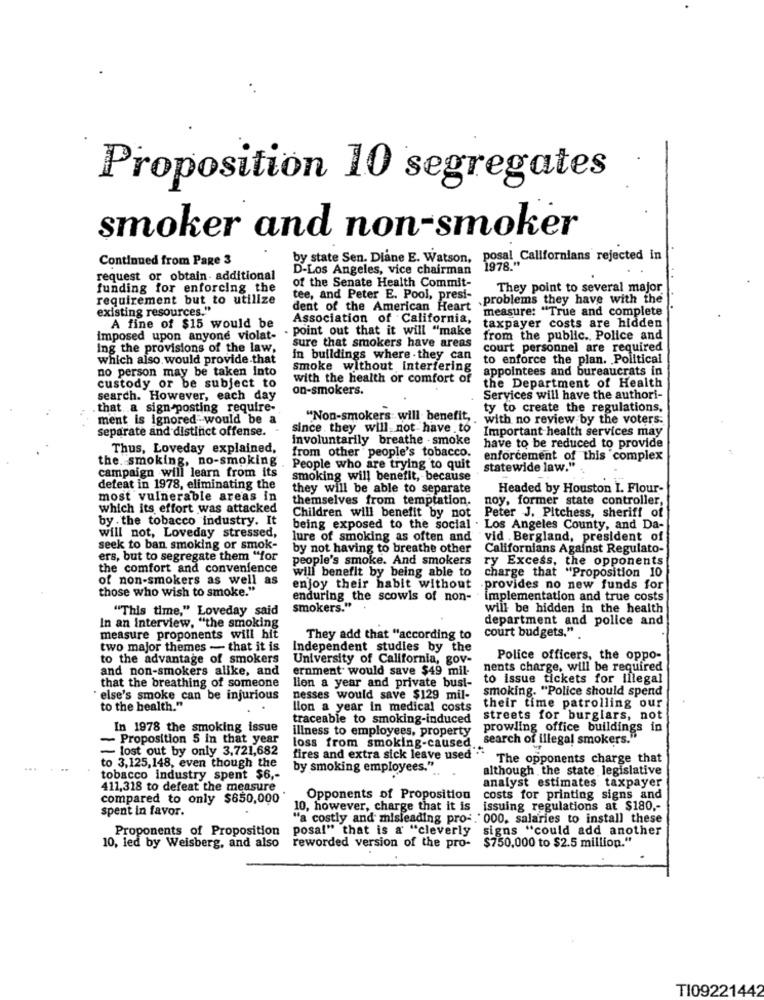
Proposition 10 segregates
smoker and non-smoker
Continued from Page 3
by state Sen. Diane E. Watson, posal Californians rejected in
D-Los Angeles, vice chairman
1978."
request or obtain- additional
of the Senate Health Commit-
funding for enforcing the
They point to several major
requirement but to utilize
tee, and Peter E. Pool, presi-
problems they have with the
existing resources."
dent of the American Heart
measure: "True and complete
Association of California,
A fine of $15 would be
point out that it will "make
taxpayer costs are hidden
imposed upon anyone violat-
from the public. Police and
ing the provisions of the law,
sure that smokers have areas
court personnel are required
which also would provide that
in buildings where . they can
to enforce the plan. Political
no person may be taken into
smoke without interfering
appointees and bureaucrats in
with the health or comfort of
the Department of Health
custody or be subject to
on-smokers.
search. However, each day
Services will have the authori-
that a sign posting require-
ty to create the regulations,
ment is ignored would be a
"Non-smokers will benefit,
with no review by the voters.
separate and distinct offense.
since they will not have to
Important health services may
Involuntarily breathe - smoke
Thus, Loveday explained,
from other people's tobacco.
have to be reduced to provide
the. smoking, no-smoking
enforcement of this complex
People who are trying to quit
statewide law." .
campaign will learn from its
smoking will benefit, because
defeat in 1978, eliminating the
they will be able to separate
Headed by Houston I. Flour-
most vulnerable areas in
themselves from temptation.
noy, former state controller,
which its effort was attacked
by . the tobacco industry. It
Children will benefit by not
Peter J. Pitchess, sheriff_of
being exposed to the social . Los Angeles County, and Da-
will not, Loveday stressed,
lure of smoking as often and
vid .Bergland, president of
seek to ban smoking or smok-
by not having to breathe other
Californians Against Regulato-
ers, but to segregate them "for
people's smoke. And smokers
ry Excess, the opponents
the comfort and convenience
charge that "Proposition 10
of non-smokers as well as
will benefit by being able to
those who wish to smoke."
enjoy their habit without
provides no new funds for
enduring the scowls of non-
implementation and true costs
"This time," Loveday said
smokers."
will be hidden in the health
department and police and
In an interview, "the smoking
court budgets."
measure proponents will hit
They add that "according to
two major themes - that it is
Independent studies by the
to the advantage of smokers
University of California, gov-
Police officers, the oppo-
and non-smokers alike, and
ernment would save $49 mil-
nents charge, will be required
lien a year and private bust-
to issue tickets for lilegal
that the breathing of someone
smoking. "Police should spend
" else's smoke can be injurious
nesses would save $129 mil-
to the health."
lion a year in medical costs
their time patrolling our
traceable to smoking-induced
streets for burglars, not
In 1978 the smoking issue
illness to employees, property
prowling office buildings in
- Proposition 5 in that year
search of illegal smokers."
- lost out by only 3,721,682
loss from smoking-caused
fires and extra sick leave used " The opponents charge that
to 3,125,148, even though the
by smoking employees."
although the state legislative
tobacco industry spent $6 ,-
analyst estimates taxpayer
411,318 to defeat the measure
compared to only $650,000
Opponents of Proposition
costs for printing signs and
spent in favor.
10, however, charge that it is
issuing regulations at $180 ,-
"a costly and misleading pro- . ' 000, salaries to install these
Proponents of Proposition
posal" that is a "cleverly signs "could add another
reworded version of the pro- $750,000 to $2.5 million."
10, led by Weisberg, and also
TI09221442